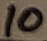
Text: 10